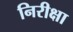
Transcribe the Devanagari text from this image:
निरीक्षा